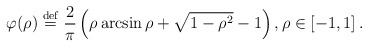
\begin{align*}\varphi (\rho )\stackrel{\rm def}{=}\frac{2}{\pi }\left( \rho \arcsin \rho +\sqrt{1-\rho ^{2}}-1\right) ,\rho \in \left[ -1,1\right] .\end{align*}